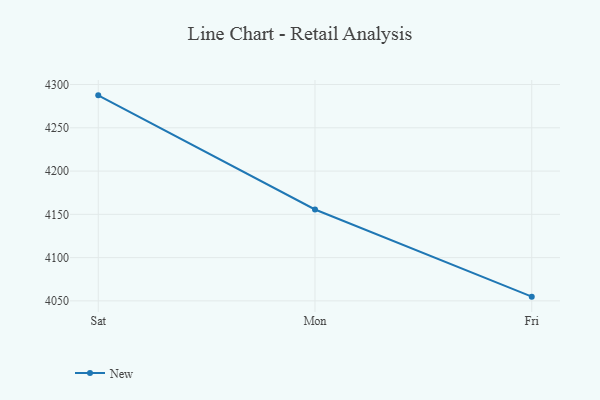
{"axis": {"x": "Day", "y": "Satisfaction Score"}, "legend": ["New"], "data": [{"x": "Sat", "y": 4287.5, "type": "New"}, {"x": "Mon", "y": 4155.6, "type": "New"}, {"x": "Fri", "y": 4054.9, "type": "New"}]}